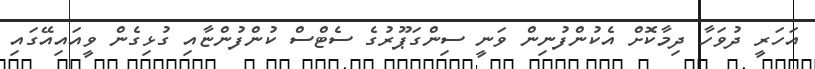
އަހަރީ ދުވަހާ ދިމާކޮށް އެކުންފުނިން ވަނީ ސިންގަޕޫރުގެ ސެޓްސް ކުންފުންޏާއި ގުޅިގެން ވީއައިއޭގައި